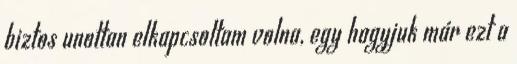
biztos unottan elkapcsoltam volna, egy hagyjuk már ezt a